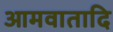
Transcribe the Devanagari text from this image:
आमवातादि